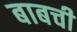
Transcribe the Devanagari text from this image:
बाबची